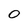
Character: O